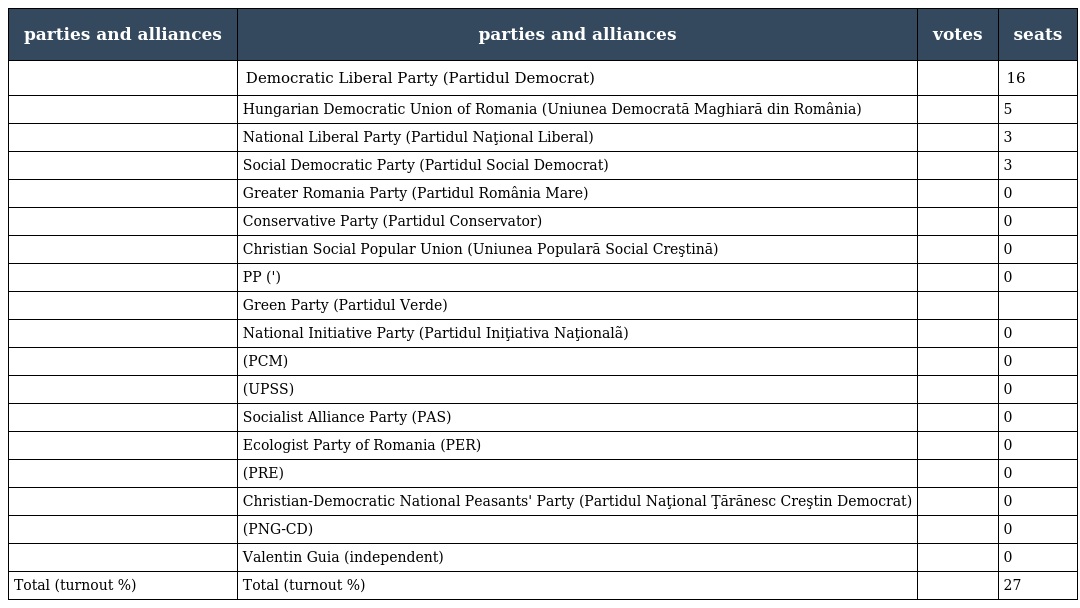
| parties and alliances | parties and alliances | votes | seats |
 | --- | --- | --- | --- |
 |  | Democratic Liberal Party (Partidul Democrat) |  | 16 |
 |  | Hungarian Democratic Union of Romania (Uniunea Democrată Maghiară din România) |  | 5 |
 |  | National Liberal Party (Partidul Naţional Liberal) |  | 3 |
 |  | Social Democratic Party (Partidul Social Democrat) |  | 3 |
 |  | Greater Romania Party (Partidul România Mare) |  | 0 |
 |  | Conservative Party (Partidul Conservator) |  | 0 |
 |  | Christian Social Popular Union (Uniunea Populară Social Creştină) |  | 0 |
 |  | PP (') |  | 0 |
 |  | Green Party (Partidul Verde) |  |  |
 |  | National Initiative Party (Partidul Iniţiativa Naţionalã) |  | 0 |
 |  | (PCM) |  | 0 |
 |  | (UPSS) |  | 0 |
 |  | Socialist Alliance Party (PAS) |  | 0 |
 |  | Ecologist Party of Romania (PER) |  | 0 |
 |  | (PRE) |  | 0 |
 |  | Christian-Democratic National Peasants' Party (Partidul Naţional Ţărănesc Creştin Democrat) |  | 0 |
 |  | (PNG-CD) |  | 0 |
 |  | Valentin Guia (independent) |  | 0 |
 | Total (turnout %) | Total (turnout %) |  | 27 |